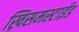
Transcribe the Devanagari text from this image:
ख्रिसमस्टाईड